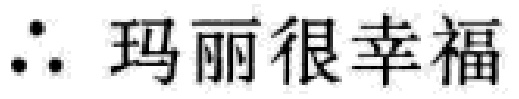
$\therefore$ 玛丽很幸福